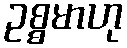
ဥစ္စမာဟု